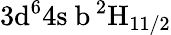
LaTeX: \mathrm{3d^{6}4s\ b\, ^{2}H_{11/2}}